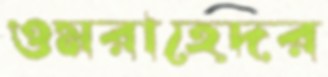
ওমরাহেদর